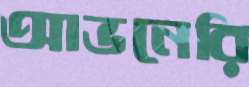
আভনেরি